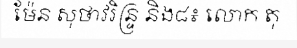
ម៉ែន សុថាវរិន្ទ្រ និង៨៖ លោក តុ